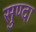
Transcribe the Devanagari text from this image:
सुण्दा